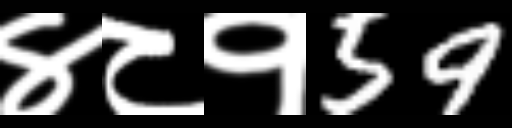
Text: ४८१59